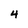
Character: 4